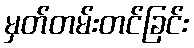
မှတ်တမ်းတင်ခြင်း